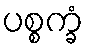
ပစ္စက္ခံ